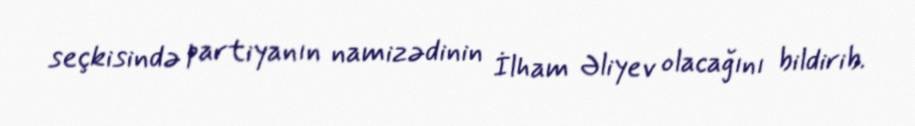
seçkisində partiyanın namizədinin İlham Əliyev olacağını bildirib.